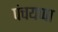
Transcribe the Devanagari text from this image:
पंचयप्पा